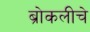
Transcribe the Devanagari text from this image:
ब्रोकलीचे